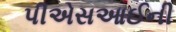
પીએસઆઈની